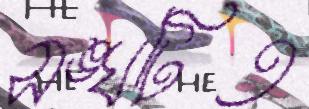
সঙ্ঘটিত